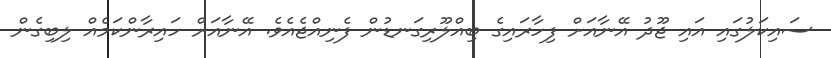
ސައިކަލުގައި އައި ޖޫދު އޭނާއަށް ފިހާރައިގެ ބިއްލޫރިގަނޑުން ފެނިއްޖެއެވެ. އޭނާއަށް ހައިރާންކަމެއް ލިބިގެން